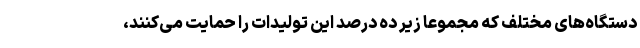
دستگاه‌های مختلف که مجموعا زیر ده درصد این تولیدات را حمایت می‌کنند،